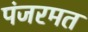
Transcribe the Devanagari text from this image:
पंजरमत